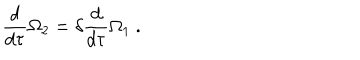
\frac { d } { d \tau } \Omega _ { 2 } = \delta \frac { d } { d \tau } \Omega _ { 1 } \ .